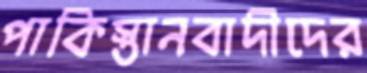
পাকিস্তানবাদীদের